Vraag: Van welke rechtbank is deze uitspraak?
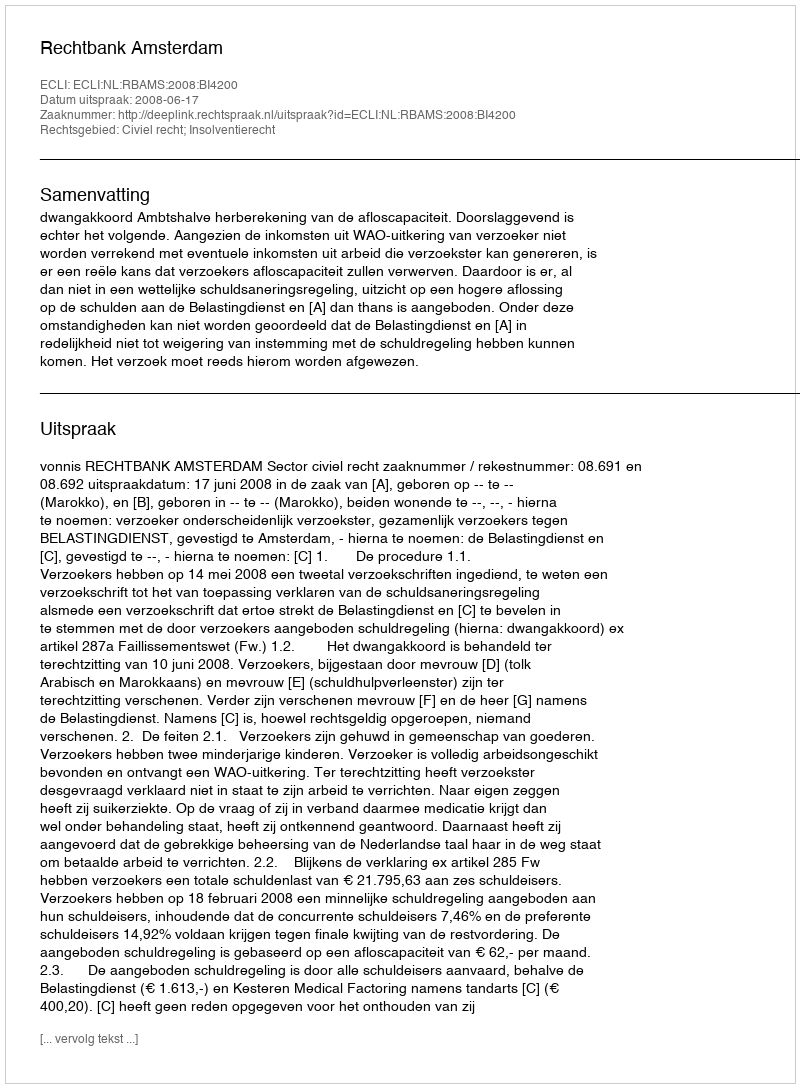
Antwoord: Rechtbank Amsterdam